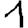
Digit: 1